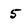
Character: 5